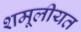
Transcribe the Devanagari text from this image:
शमूलीयत